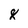
Character: 8